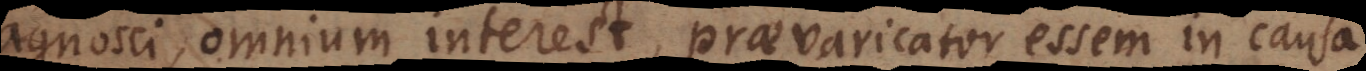
agnosci, omnium interest,praevaricator essem in causa